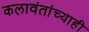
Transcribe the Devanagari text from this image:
कलावंतांच्याही